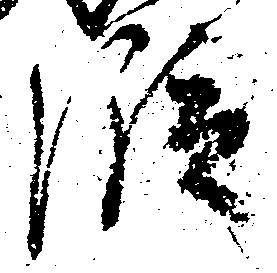
段